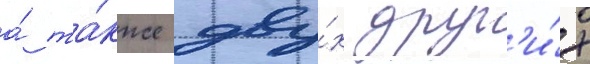
а́ та́кже дву́х друг'и́х